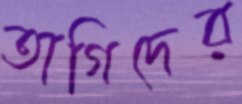
তাগিদের